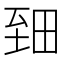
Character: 𱼪